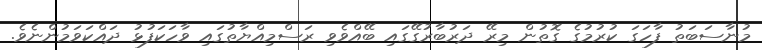
މުނާސަބަތު ފާހަގަ ކުރުމުގެ ގޮތުން މިރޭ ދަރުބާރުގޭގައި ބޭއްވެވި ރަސްމިއްޔާތުގައި ވާހަކަފުޅު ދައްކަވަމުންނެވެ.